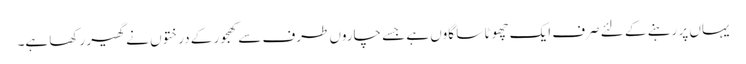
یہاں پر رہنے کے لئے صرف ایک چھوٹا سا گاوں ہے جسے چاروں طرف سے کھجور کے درختوں نے گھیر رکھا ہے۔